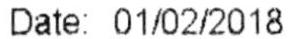
DATE: 01/02/2018